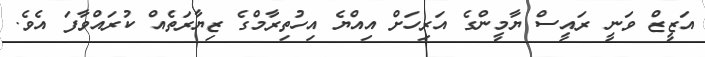
އަޒީޒް ވަނީ ރައީސް ޔާމީންގެ އަރިހަށް އިއްޔެ އިހުތިރާމްގެ ޒިޔާރަތެއް ކުރައްވާފަ އެވެ.